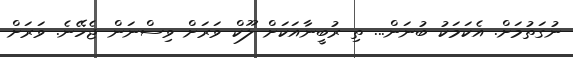
ނުގަތުމަށް. އެކަމަކު ބުނަން... ތި ރުބީނާއަކަށް ލޫކް ވަރަށް ވިސްނަން ޖެހޭނެ. ވަރަށް